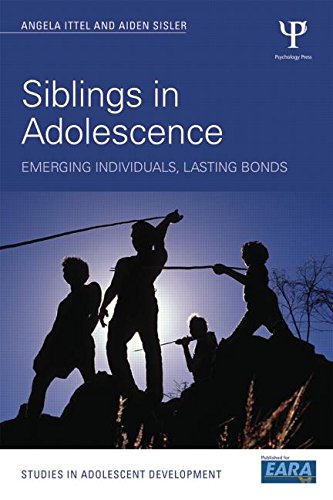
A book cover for Siblings in Adolescence: Emerging individuals, lasting bonds (Studies in Adolescent Development); Aiden Sisler; Parenting & Relationships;